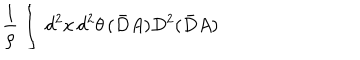
\frac { 1 } { \rho } \int \, d ^ { 2 } x \, d ^ { 2 } \theta \, ( \bar { D } A ) D ^ { 2 } ( \bar { D } A )